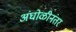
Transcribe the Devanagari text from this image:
अंघोळीनंतर